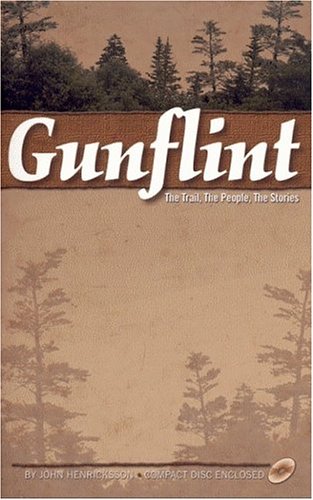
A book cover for Gunflint: The Trail, the People, the Stories; John Henricksson; Travel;